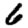
Digit: 6